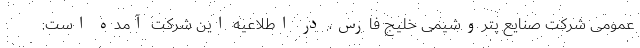
عمومی شرکت صنایع پتروشیمی خلیج فارس، در اطلاعیه این شرکت آمده است: